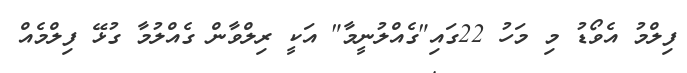
ފިލްމު އެވޯޑު މި މަހު 22ގައި"ގެއްލުނީމާ" އަކީ ރިލްވާން ގެއްލުމާ ގުޅޭ ފިލްމެއް